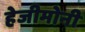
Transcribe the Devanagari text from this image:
हेजीमोनी